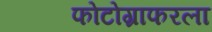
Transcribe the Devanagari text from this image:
फोटोग्राफरला